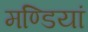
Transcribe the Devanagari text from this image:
मण्डियां